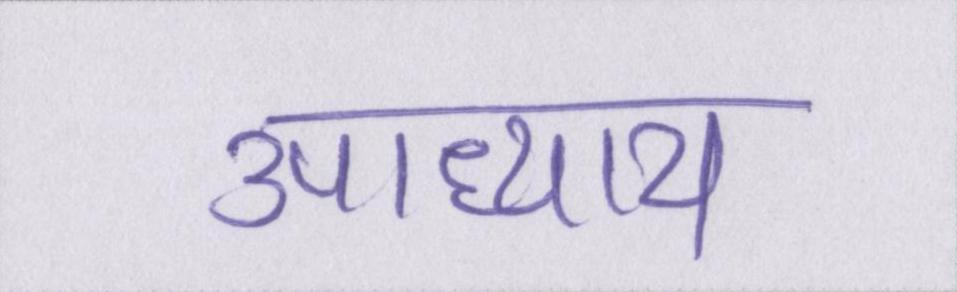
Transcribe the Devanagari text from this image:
उपाध्याय